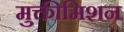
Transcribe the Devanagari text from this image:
मुक्तीमिशन